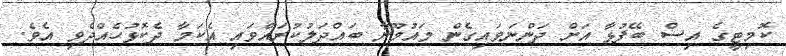
ކޮމިޓީގެ އިސް ބޭފުޅާ އަށް ދަންނަވައިގެން މައުމޫނާ ބައްދަލުކުރައްވައި އެކަމާ ދެކޮޅުހެއްދެވި އެވެ.